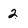
Character: 2